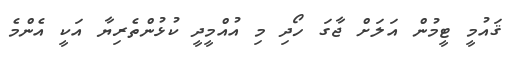
ޤައުމީ ޓީމުން އަލަށް ޖާގަ ހޯދި މި އުއްމީދީ ކުޅުންތެރިޔާ އަކީ އެންމެ